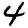
Digit: 4